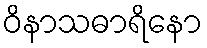
ဝိနာသဓာရိနော